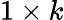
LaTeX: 1\times k